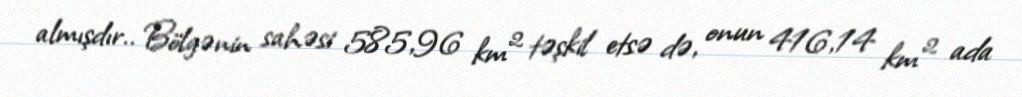
almışdır.. Bölgənin sahəsi 585,96 km² təşkil etsə də, onun 416,14 km² ada